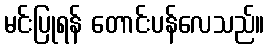
မင်းပြုရန် တောင်းပန်လေသည်။